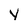
Character: y